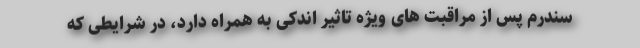
سندرم پس از مراقبت های ویژه تاثیر اندکی به همراه دارد، در شرایطی که